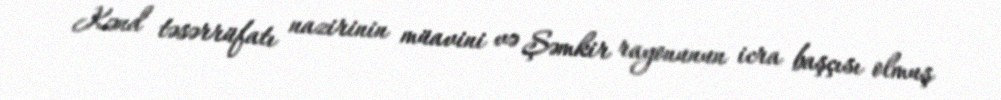
Kənd təsərrüfatı nazirinin müavini və Şəmkir rayonunun icra başçısı olmuş